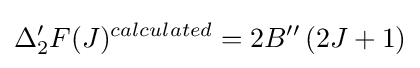
\Delta _{2}^{\prime }F(J)^{calculated}=2B^{\prime \prime }\left(2J+1\right)